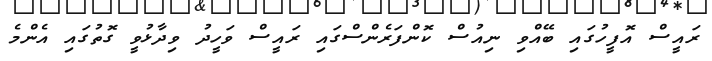
ރައީސް އޮފީހުގައި ބޭއްވި ނިއުސް ކޮންފަރެންސްގައި ރައީސް ވަހީދު ވިދާޅުވީ ގޮތުގައި އެންމެ